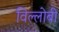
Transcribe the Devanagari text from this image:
विल्लोबी